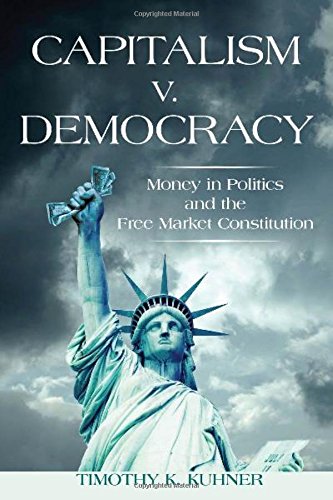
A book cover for Capitalism v. Democracy: Money in Politics and the Free Market Constitution; Timothy Kuhner; Business & Money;